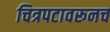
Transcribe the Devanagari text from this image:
चित्रपटावरूनच